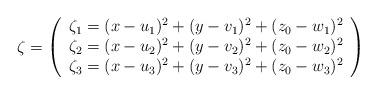
LaTeX: \begin{align*}\zeta=\left(\begin{array}{l} \zeta_1=(x-u_1)^2+(y-v_1)^2+(z_0-w_1)^2 \\\zeta_2=(x-u_2)^2+(y-v_2)^2+(z_0-w_2)^2 \\\zeta_3=(x-u_3)^2+(y-v_3)^2+(z_0-w_3)^2 \\\end{array} \right) \end{align*}